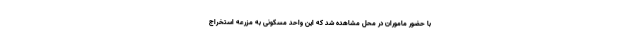
با حضور ماموران در محل مشاهده شد که این واحد مسکونی به مزرعه استخراج